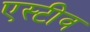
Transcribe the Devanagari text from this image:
एस्टीव